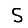
Digit: 5